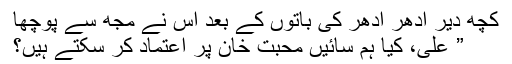
کچھ دیر اِدھر اُدھر کی باتوں کے بعد اس نے مجھ سے پوچھا
” علی، کیا ہم سائیں محبت خان پر اعتماد کر سکتے ہیں؟